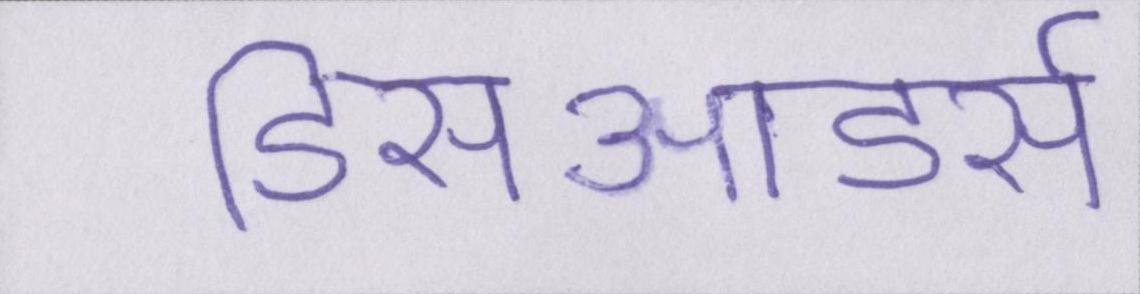
डिसऑडर्स